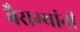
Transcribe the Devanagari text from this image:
बैराग्यांनी